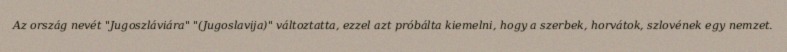
Az ország nevét "Jugoszláviára" "(Jugoslavija)" változtatta, ezzel azt próbálta kiemelni, hogy a szerbek, horvátok, szlovének egy nemzet.